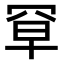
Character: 𫅃